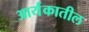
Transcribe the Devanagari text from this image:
आर्यंकातील